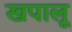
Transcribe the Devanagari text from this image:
खपालू